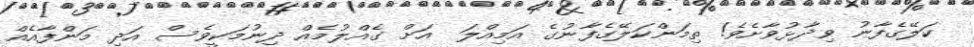
ކަލޭގެފާނު ވިދާޅުވާށެވެ! ތިމަންކަލޭގެފާނުގެ އަމިއްލަ  އަށް ގެއްލުމެއް ދިނުމަކީވެސް އަދި މަންފާއެއް